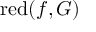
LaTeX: \operatorname { r e d } ( f , G )